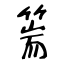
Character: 篅